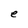
Character: e